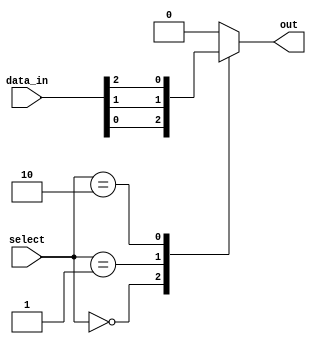
module mux_256to1 (
    input [255:0] data_in,
    input [7:0] select,
    output reg out
);

always @(*) begin
    case (select)
        8'b00000000: out = data_in[0];
        8'b00000001: out = data_in[1];
        8'b00000010: out = data_in[2];
        // Add more cases for all 256 input signals
        
        default: out = 1'b0; // Default output if select signal is invalid
    endcase
end

endmodule